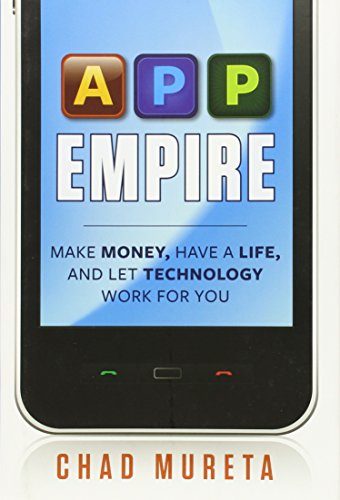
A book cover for App Empire: Make Money, Have a Life, and Let Technology Work for You; Chad Mureta; Computers & Technology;